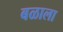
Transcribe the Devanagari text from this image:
बळाला